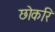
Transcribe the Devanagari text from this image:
छोकरि